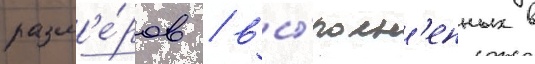
разм'е́ров / вы́полн'енных в